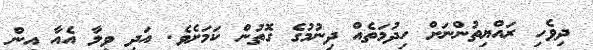
ދިވެހި ރައްޔިތުންނަށް ހިދުމަތެއް ދިނުމުގެ ގޮތުން ކަމަށެވެ. އަދި ވިލާ އެއާ އިން